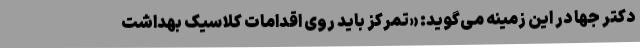
دکتر جها در این زمینه می‌گوید: «تمرکز باید روی اقدامات کلاسیک بهداشت